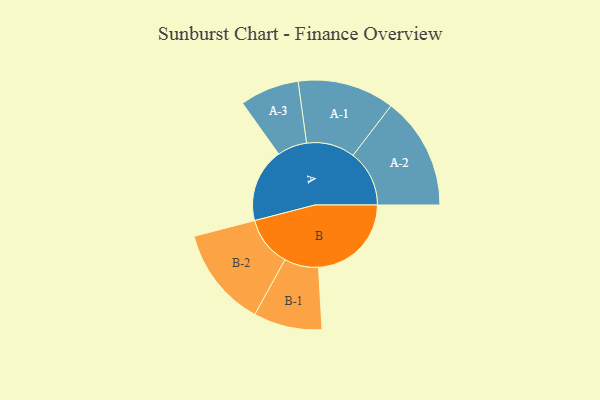
{"axis": {"x": "Segment", "y": "Value"}, "legend": ["", "A", "B"], "data": [{"x": "A", "y": 319, "type": ""}, {"x": "B", "y": 401, "type": ""}, {"x": "A-1", "y": 209, "type": "A"}, {"x": "A-2", "y": 243, "type": "A"}, {"x": "A-3", "y": 128, "type": "A"}, {"x": "B-1", "y": 148, "type": "B"}, {"x": "B-2", "y": 216, "type": "B"}]}